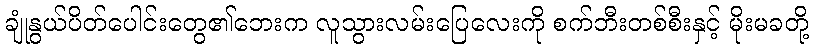
ချုံနွယ်ပိတ်ပေါင်းတွေ၏ဘေးက လူသွားလမ်းပြေလေးကို စက်ဘီးတစ်စီးနှင့် မိုးမခတို့